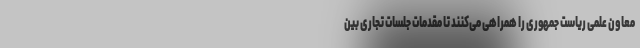
معاون علمی ریاست جمهوری را همراهی می‌کنند تا مقدمات جلسات تجاری بین